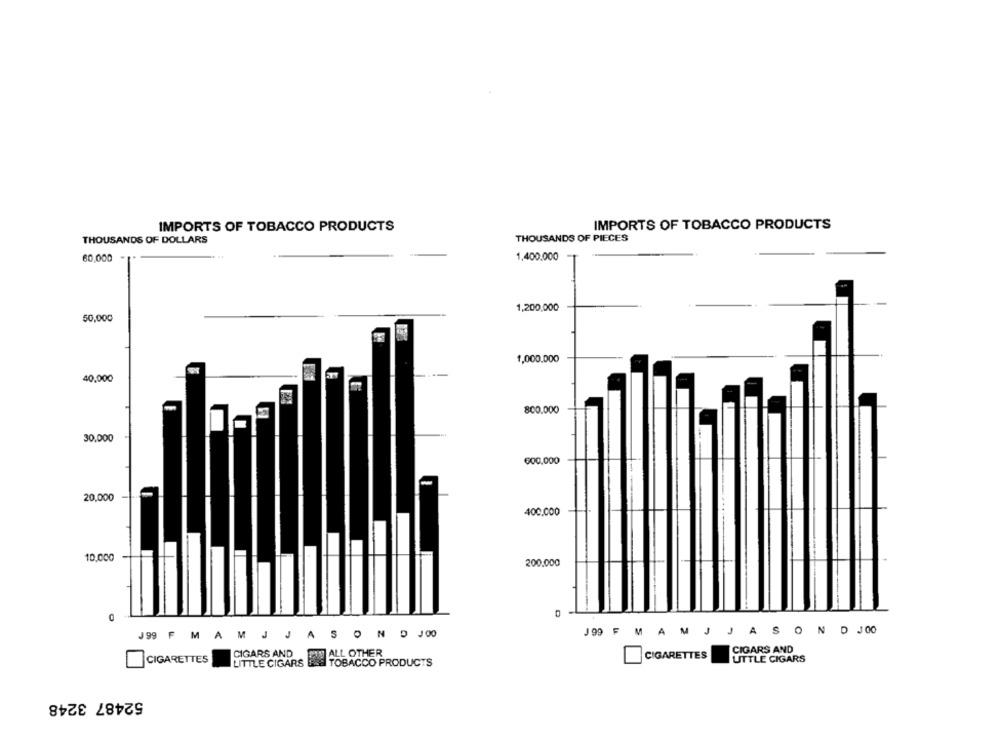
IMPORTS OF TOBACCO PRODUCTS
IMPORTS OF TOBACCO PRODUCTS
THOUSANDS OF DOLLARS
THOUSANDS OF PIECES
60,000
1.400.000
1,200,000
50,000
1,000.000
40,000
800.000
30.000
600,000
20,000
400.000
10,000
200.000
O
J99 F M
A
M
J
JASONDJ00
J99 F MAMJJ
ASOND JOO
CIGARS AND
CIGARS AND
CIGARETTES
CIGARETTES
LITTLE CIGARS
LITTLE CIGARS
TOBACCO PRODUCTS
52487 3248